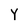
Character: Y